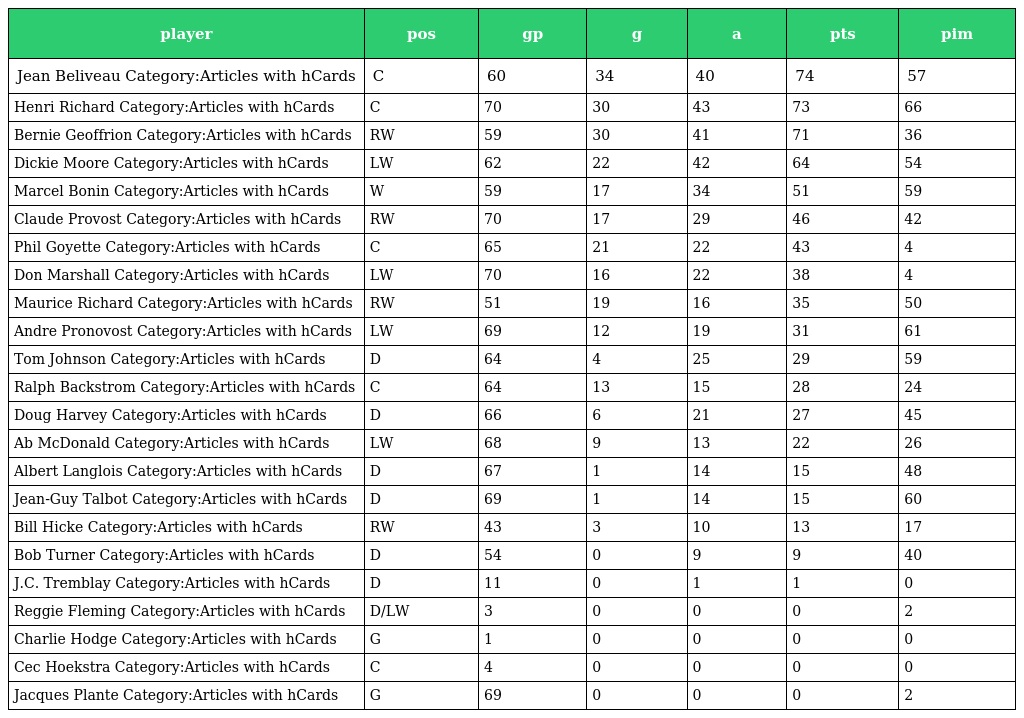
| player | pos | gp | g | a | pts | pim |
 | --- | --- | --- | --- | --- | --- | --- |
 | Jean Beliveau Category:Articles with hCards | C | 60 | 34 | 40 | 74 | 57 |
 | Henri Richard Category:Articles with hCards | C | 70 | 30 | 43 | 73 | 66 |
 | Bernie Geoffrion Category:Articles with hCards | RW | 59 | 30 | 41 | 71 | 36 |
 | Dickie Moore Category:Articles with hCards | LW | 62 | 22 | 42 | 64 | 54 |
 | Marcel Bonin Category:Articles with hCards | W | 59 | 17 | 34 | 51 | 59 |
 | Claude Provost Category:Articles with hCards | RW | 70 | 17 | 29 | 46 | 42 |
 | Phil Goyette Category:Articles with hCards | C | 65 | 21 | 22 | 43 | 4 |
 | Don Marshall Category:Articles with hCards | LW | 70 | 16 | 22 | 38 | 4 |
 | Maurice Richard Category:Articles with hCards | RW | 51 | 19 | 16 | 35 | 50 |
 | Andre Pronovost Category:Articles with hCards | LW | 69 | 12 | 19 | 31 | 61 |
 | Tom Johnson Category:Articles with hCards | D | 64 | 4 | 25 | 29 | 59 |
 | Ralph Backstrom Category:Articles with hCards | C | 64 | 13 | 15 | 28 | 24 |
 | Doug Harvey Category:Articles with hCards | D | 66 | 6 | 21 | 27 | 45 |
 | Ab McDonald Category:Articles with hCards | LW | 68 | 9 | 13 | 22 | 26 |
 | Albert Langlois Category:Articles with hCards | D | 67 | 1 | 14 | 15 | 48 |
 | Jean-Guy Talbot Category:Articles with hCards | D | 69 | 1 | 14 | 15 | 60 |
 | Bill Hicke Category:Articles with hCards | RW | 43 | 3 | 10 | 13 | 17 |
 | Bob Turner Category:Articles with hCards | D | 54 | 0 | 9 | 9 | 40 |
 | J.C. Tremblay Category:Articles with hCards | D | 11 | 0 | 1 | 1 | 0 |
 | Reggie Fleming Category:Articles with hCards | D/LW | 3 | 0 | 0 | 0 | 2 |
 | Charlie Hodge Category:Articles with hCards | G | 1 | 0 | 0 | 0 | 0 |
 | Cec Hoekstra Category:Articles with hCards | C | 4 | 0 | 0 | 0 | 0 |
 | Jacques Plante Category:Articles with hCards | G | 69 | 0 | 0 | 0 | 2 |